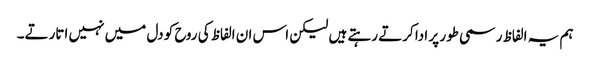
ہم یہ الفاظ رسمی طور پر ادا کرتے رہتے ہیں لیکن اس ان الفاظ کی روح کو دل میں نہیں اتارتے۔